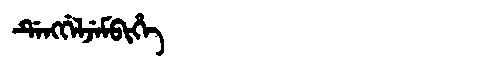
Manchu: ᡩᡝᠩᡤᡝᠯᠵᡝᠮᠪᡳᡥᡝ
Romanization: DENGGELJEMBIHE